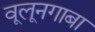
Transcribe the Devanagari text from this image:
वूलूनगाबा